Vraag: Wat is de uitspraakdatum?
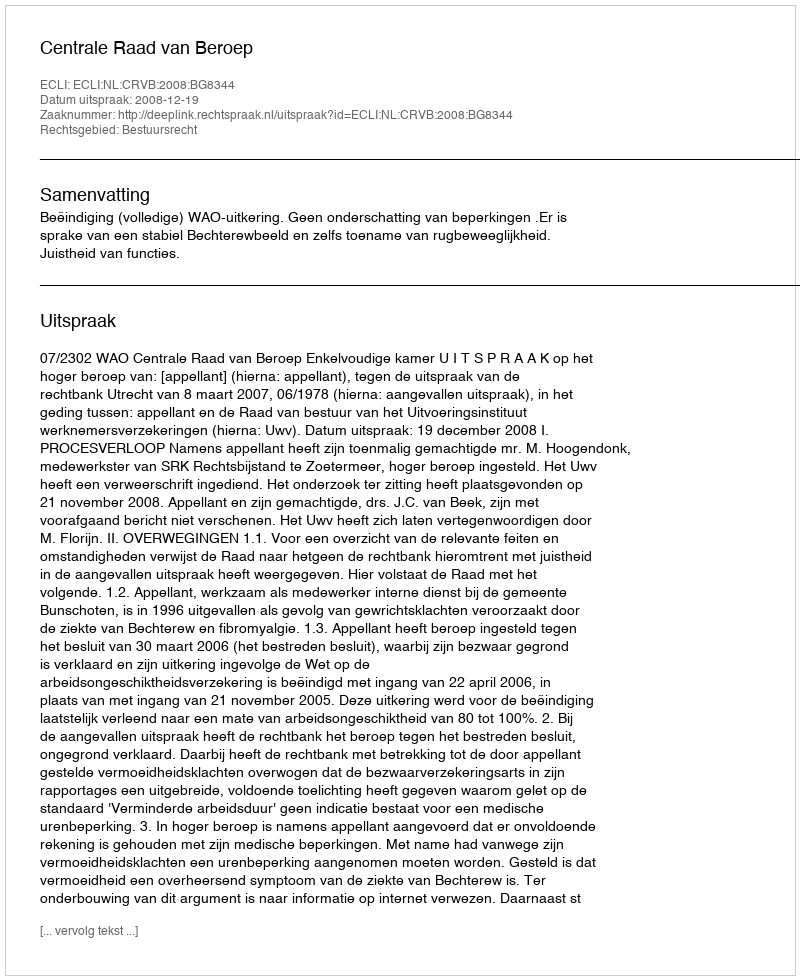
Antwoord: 2008-12-19